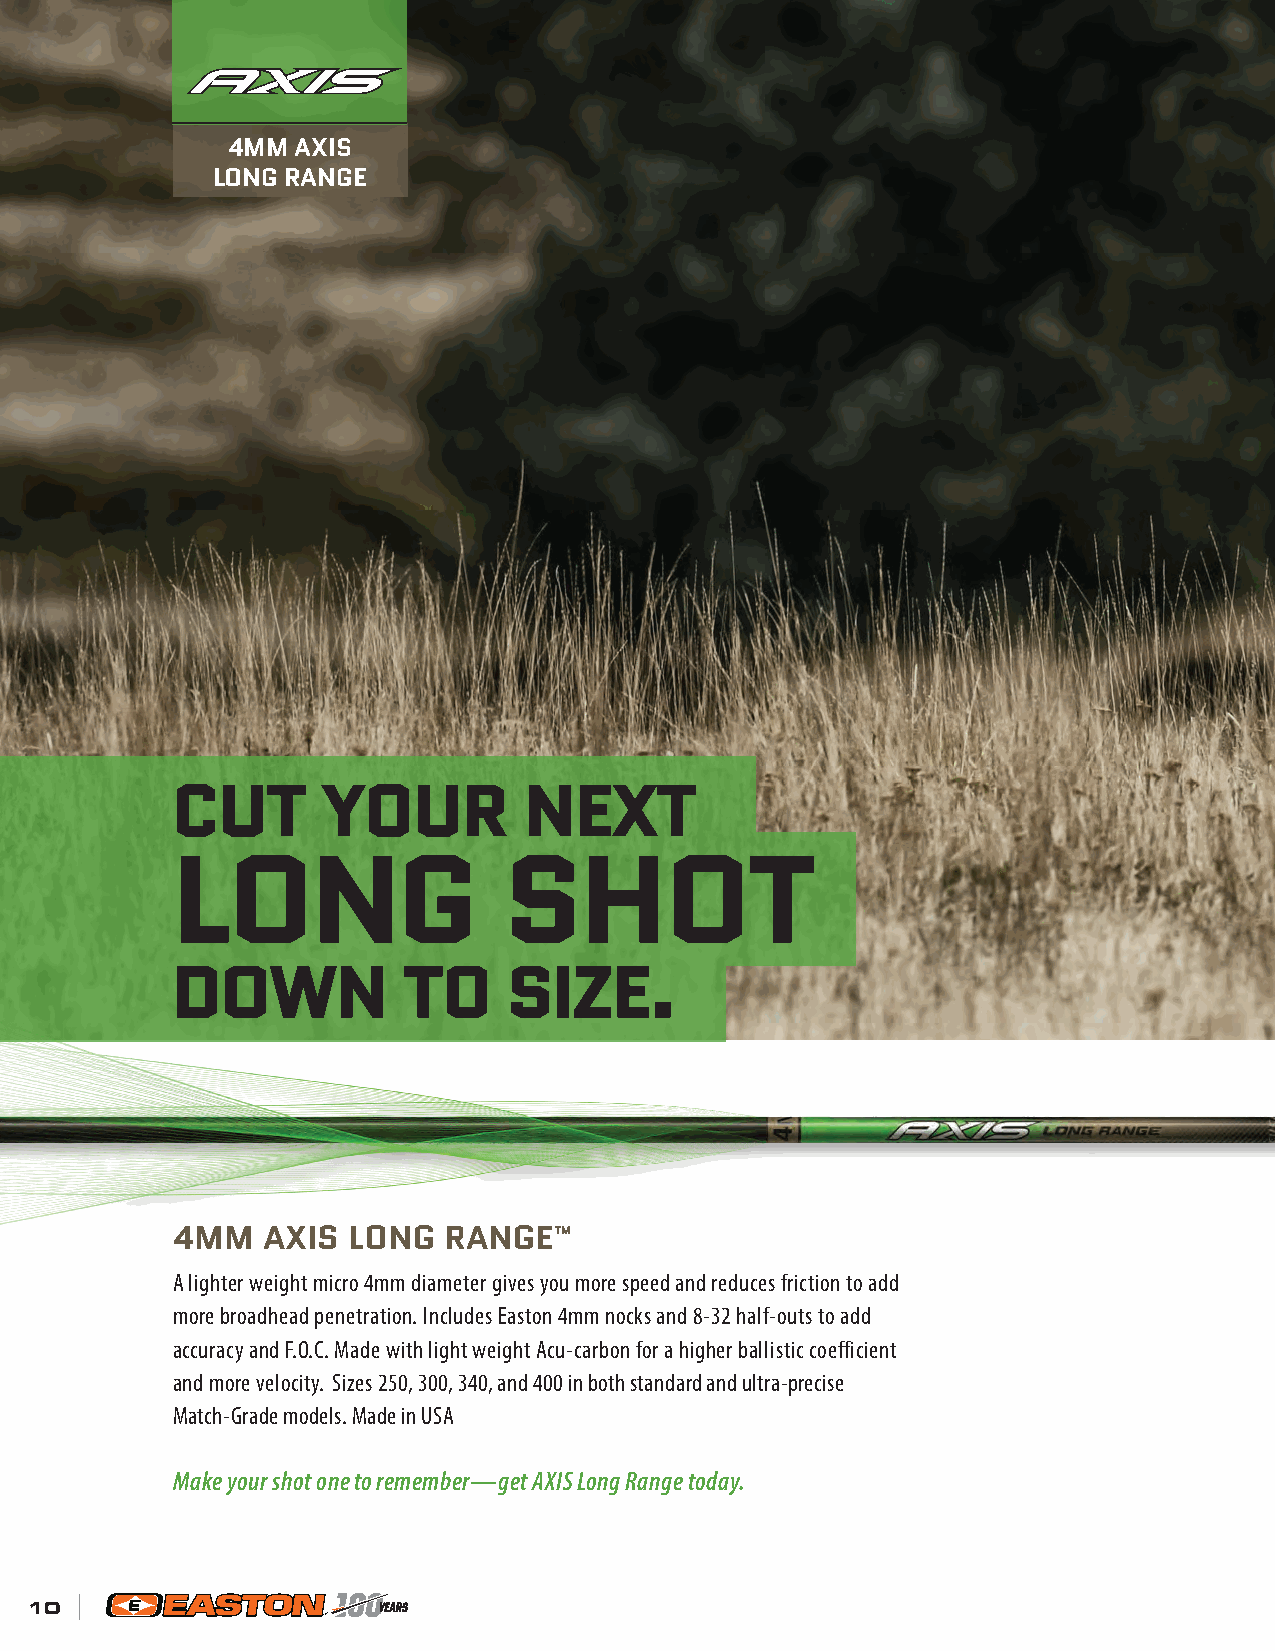
4MM  AXIS
 LONG RANGE
 CUT       YOUR          NEXT
 LONG                  SHOT
 DOWN            TO     SIZE.
 4MM   AXIS  LONG  RANGE™
 A lighter weight micro 4mm diameter gives you more speed and reduces friction to add
 more broadhead penetration. Includes Easton 4mm nocks and 8-32 half-outs to add
 accuracy and F.O.C. Made with light weight Acu-carbon for a higher ballistic coefficient
 and more velocity. Sizes 250, 300, 340, and 400 in both standard and ultra-precise
 Match-Grade models. Made in USA
 Make your shot one to remember—get AXIS Long Range today.
 10